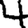
Digit: 4